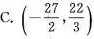
C.$$(- \frac{27}{2}, \frac{22}{3})$$